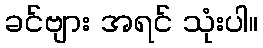
ခင်ဗျား အရင် သုံးပါ။